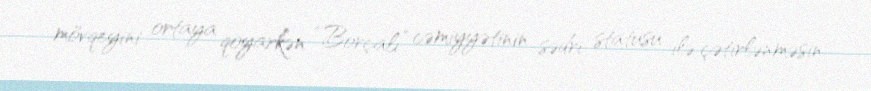
mövqeyini ortaya qoyarkən “Borçalı” cəmiyyətinin sədri statusu ilə çətirlənməsin